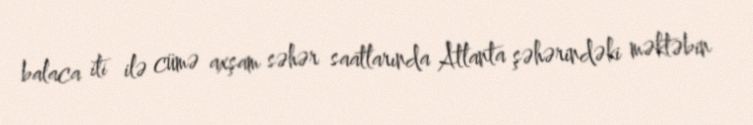
balaca iti ilə cümə axşam səhər saatlarında Atlanta şəhərindəki məktəbin